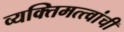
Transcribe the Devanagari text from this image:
व्यक्तिमत्त्वांची